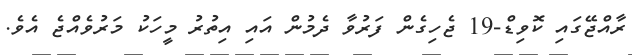
ރާއްޖޭގައި ކޮވިޑް-19 ޖެހިގެން ފަރުވާ ދެމުން އައި އިތުރު މީހަކު މަރުވެއްޖެ އެވެ.